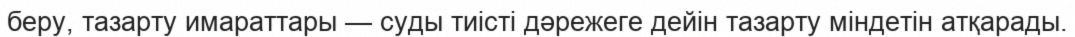
беру, тазарту имараттары — суды тиісті дәрежеге дейін тазарту міндетін атқарады.